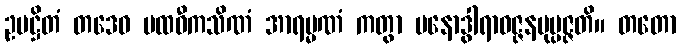
ဥပဋ္ဌိတံ တဒေဝ ပထဝီကသိဏံ အာရမ္မဏံ ကတွာ မနောဒွါရာဝဇ္ဇနမုပ္ပဇ္ဇတိ။ တတော